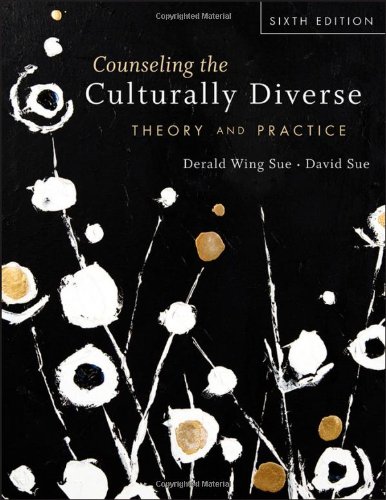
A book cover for Counseling the Culturally Diverse: Theory and Practice; Derald Wing Sue; Medical Books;